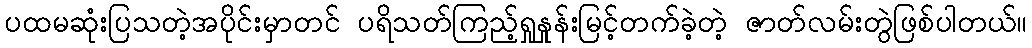
ပထမဆုံးပြသတဲ့အပိုင်းမှာတင် ပရိသတ်ကြည့်ရှုနှုန်းမြင့်တက်ခဲ့တဲ့ ဇာတ်လမ်းတွဲဖြစ်ပါတယ်။